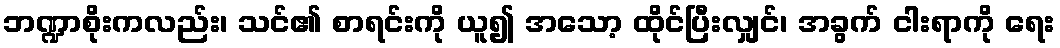
ဘဏ္ဍာစိုးကလည်း၊ သင်၏ စာရင်းကို ယူ၍ အသော့ ထိုင်ပြီးလျှင်၊ အခွက် ငါးရာကို ရေး